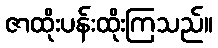
ဇာထိုးပန်းထိုးကြသည်။